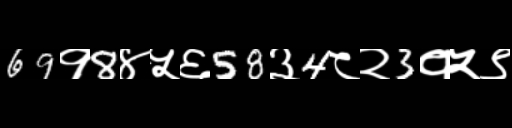
Text: 69१8४५६58३4८२3१५९